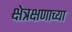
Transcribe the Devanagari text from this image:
क्षेत्रक्षणाच्या